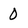
Character: 0